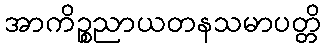
အာကိဉ္စညာယတနသမာပတ္တိ